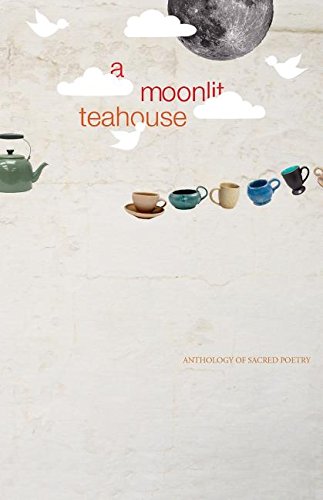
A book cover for A Moonlit Teahouse Anthology Of Sacred Poetry; Literature & Fiction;